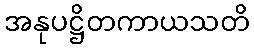
အနုပဋ္ဌိတကာယသတိ